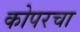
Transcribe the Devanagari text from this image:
कोपरचा